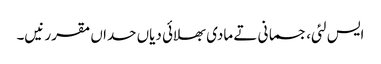
ایس لئی، جسمانی تے مادی بھلائی دیاں حداں مقرر نیں۔